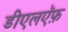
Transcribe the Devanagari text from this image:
डीएलऍफ़